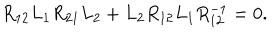
R _ { 1 2 } L _ { 1 } R _ { 2 1 } L _ { 2 } + L _ { 2 } R _ { 1 2 } L _ { 1 } R _ { 1 2 } ^ { - 1 } = 0 .